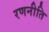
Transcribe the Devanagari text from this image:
रणनीति